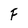
Character: F